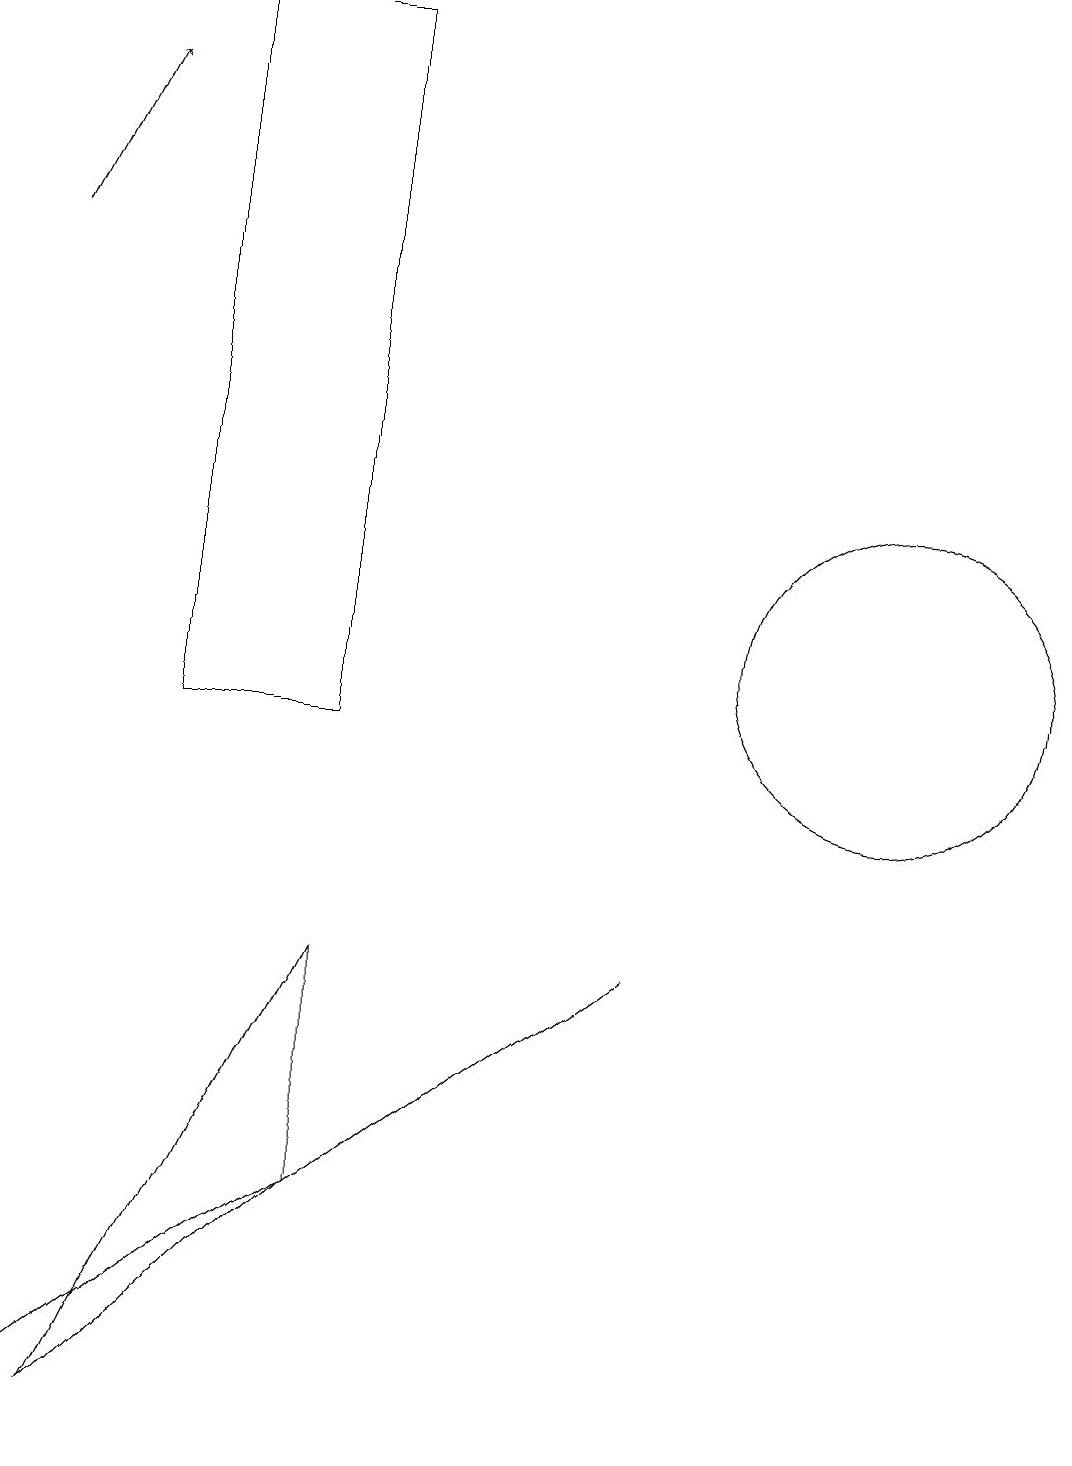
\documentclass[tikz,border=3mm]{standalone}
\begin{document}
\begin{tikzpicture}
\draw (11,11) circle (2);
\draw (4,19) rectangle (2,10);
\draw (4,7) -- (4,4) -- (1,1) -- cycle;
\draw[->] (0,16) -- (1,18);
\draw (0,1) -- (8,7) -- (0,1) -- cycle;
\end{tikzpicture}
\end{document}